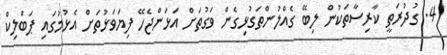
4. ގުދުރަތީ ކާރިސާތަކުން ލިބޭ ގެއްލުންތަގުޅިގެން ވަގުތަށް އަޅަންޖެހޭ ފިޔަަވަޅުތަށް އެޅުމުގައި ޕަބްލިކް